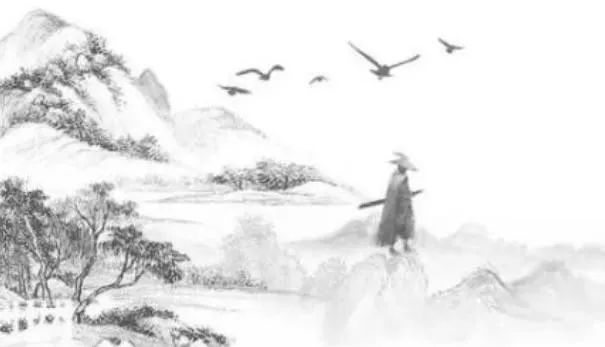
知其不可奈何而安之若命。